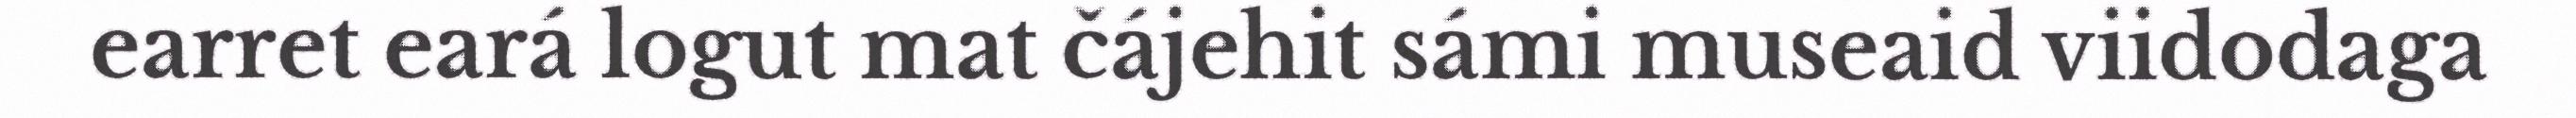
earret eará logut mat čájehit sámi museaid viidodaga